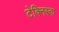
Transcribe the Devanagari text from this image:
टेक्निस्क